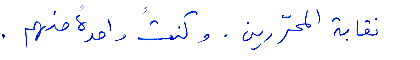
نقابة المحرّرين. وكنت واحدة منهم.